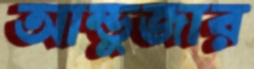
আন্ডুজার